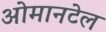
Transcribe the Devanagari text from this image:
ओमानटेल